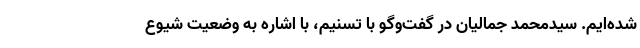
شده‌ایم. سیدمحمد جمالیان در گفت‌و‌گو با تسنیم، با اشاره به وضعیت شیوع